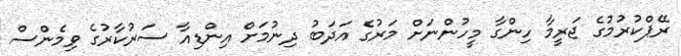
ރޭޕްކުރުމުގެ ޖަރީމާ ހިންގާ މީހުންނަށް މަރުގެ އަދަބު ދިނުމަށް އިންޑިއާ ސަރުކާރުގެ ވިމެންސް